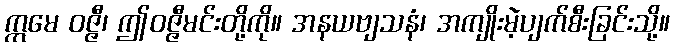
ဣမေ ဝဇ္ဇီ၊ ဤဝဇ္ဇီမင်းတို့ကို။ အနယဗျသနံ၊ အကျိုးမဲ့ပျက်စီးခြင်းသို့။